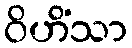
ဝိဟိံသာ